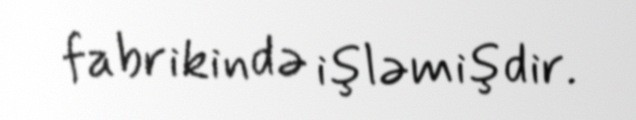
fabrikində işləmişdir.